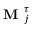
\textbf { M } _ { j } ^ { \boldsymbol { \tau } }